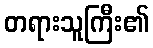
တရားသူကြီး၏